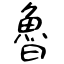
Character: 魯